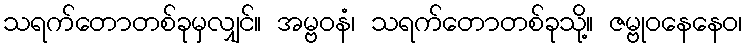
သရက်တောတစ်ခုမှလျှင်။ အမ္ဗဝနံ၊ သရက်တောတစ်ခုသို့။ ဇမ္ဗုဝနေနေဝ၊